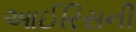
આઈરિસની